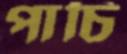
পাচি